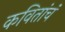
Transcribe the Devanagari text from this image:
कवितांचं